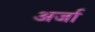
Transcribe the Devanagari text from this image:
अर्जा